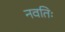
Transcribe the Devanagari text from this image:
नवतिः